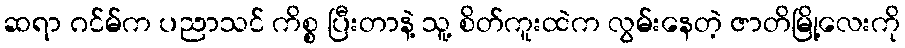
ဆရာ ဂင်မ်က ပညာသင် ကိစ္စ ပြီးတာနဲ့ သူ့ စိတ်ကူးထဲက လွမ်းနေတဲ့ ဇာတိမြို့လေးကို